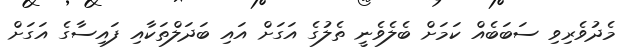
މެދުވެރިވި ސަބަބެއް ކަމަށް ބެލެވެނީ ތެލުގެ އަގަށް އައި ބަދަލްތަކާއި ފައިސާގެ އަގަށް